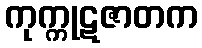
ကုက္ကုဋဇာတက